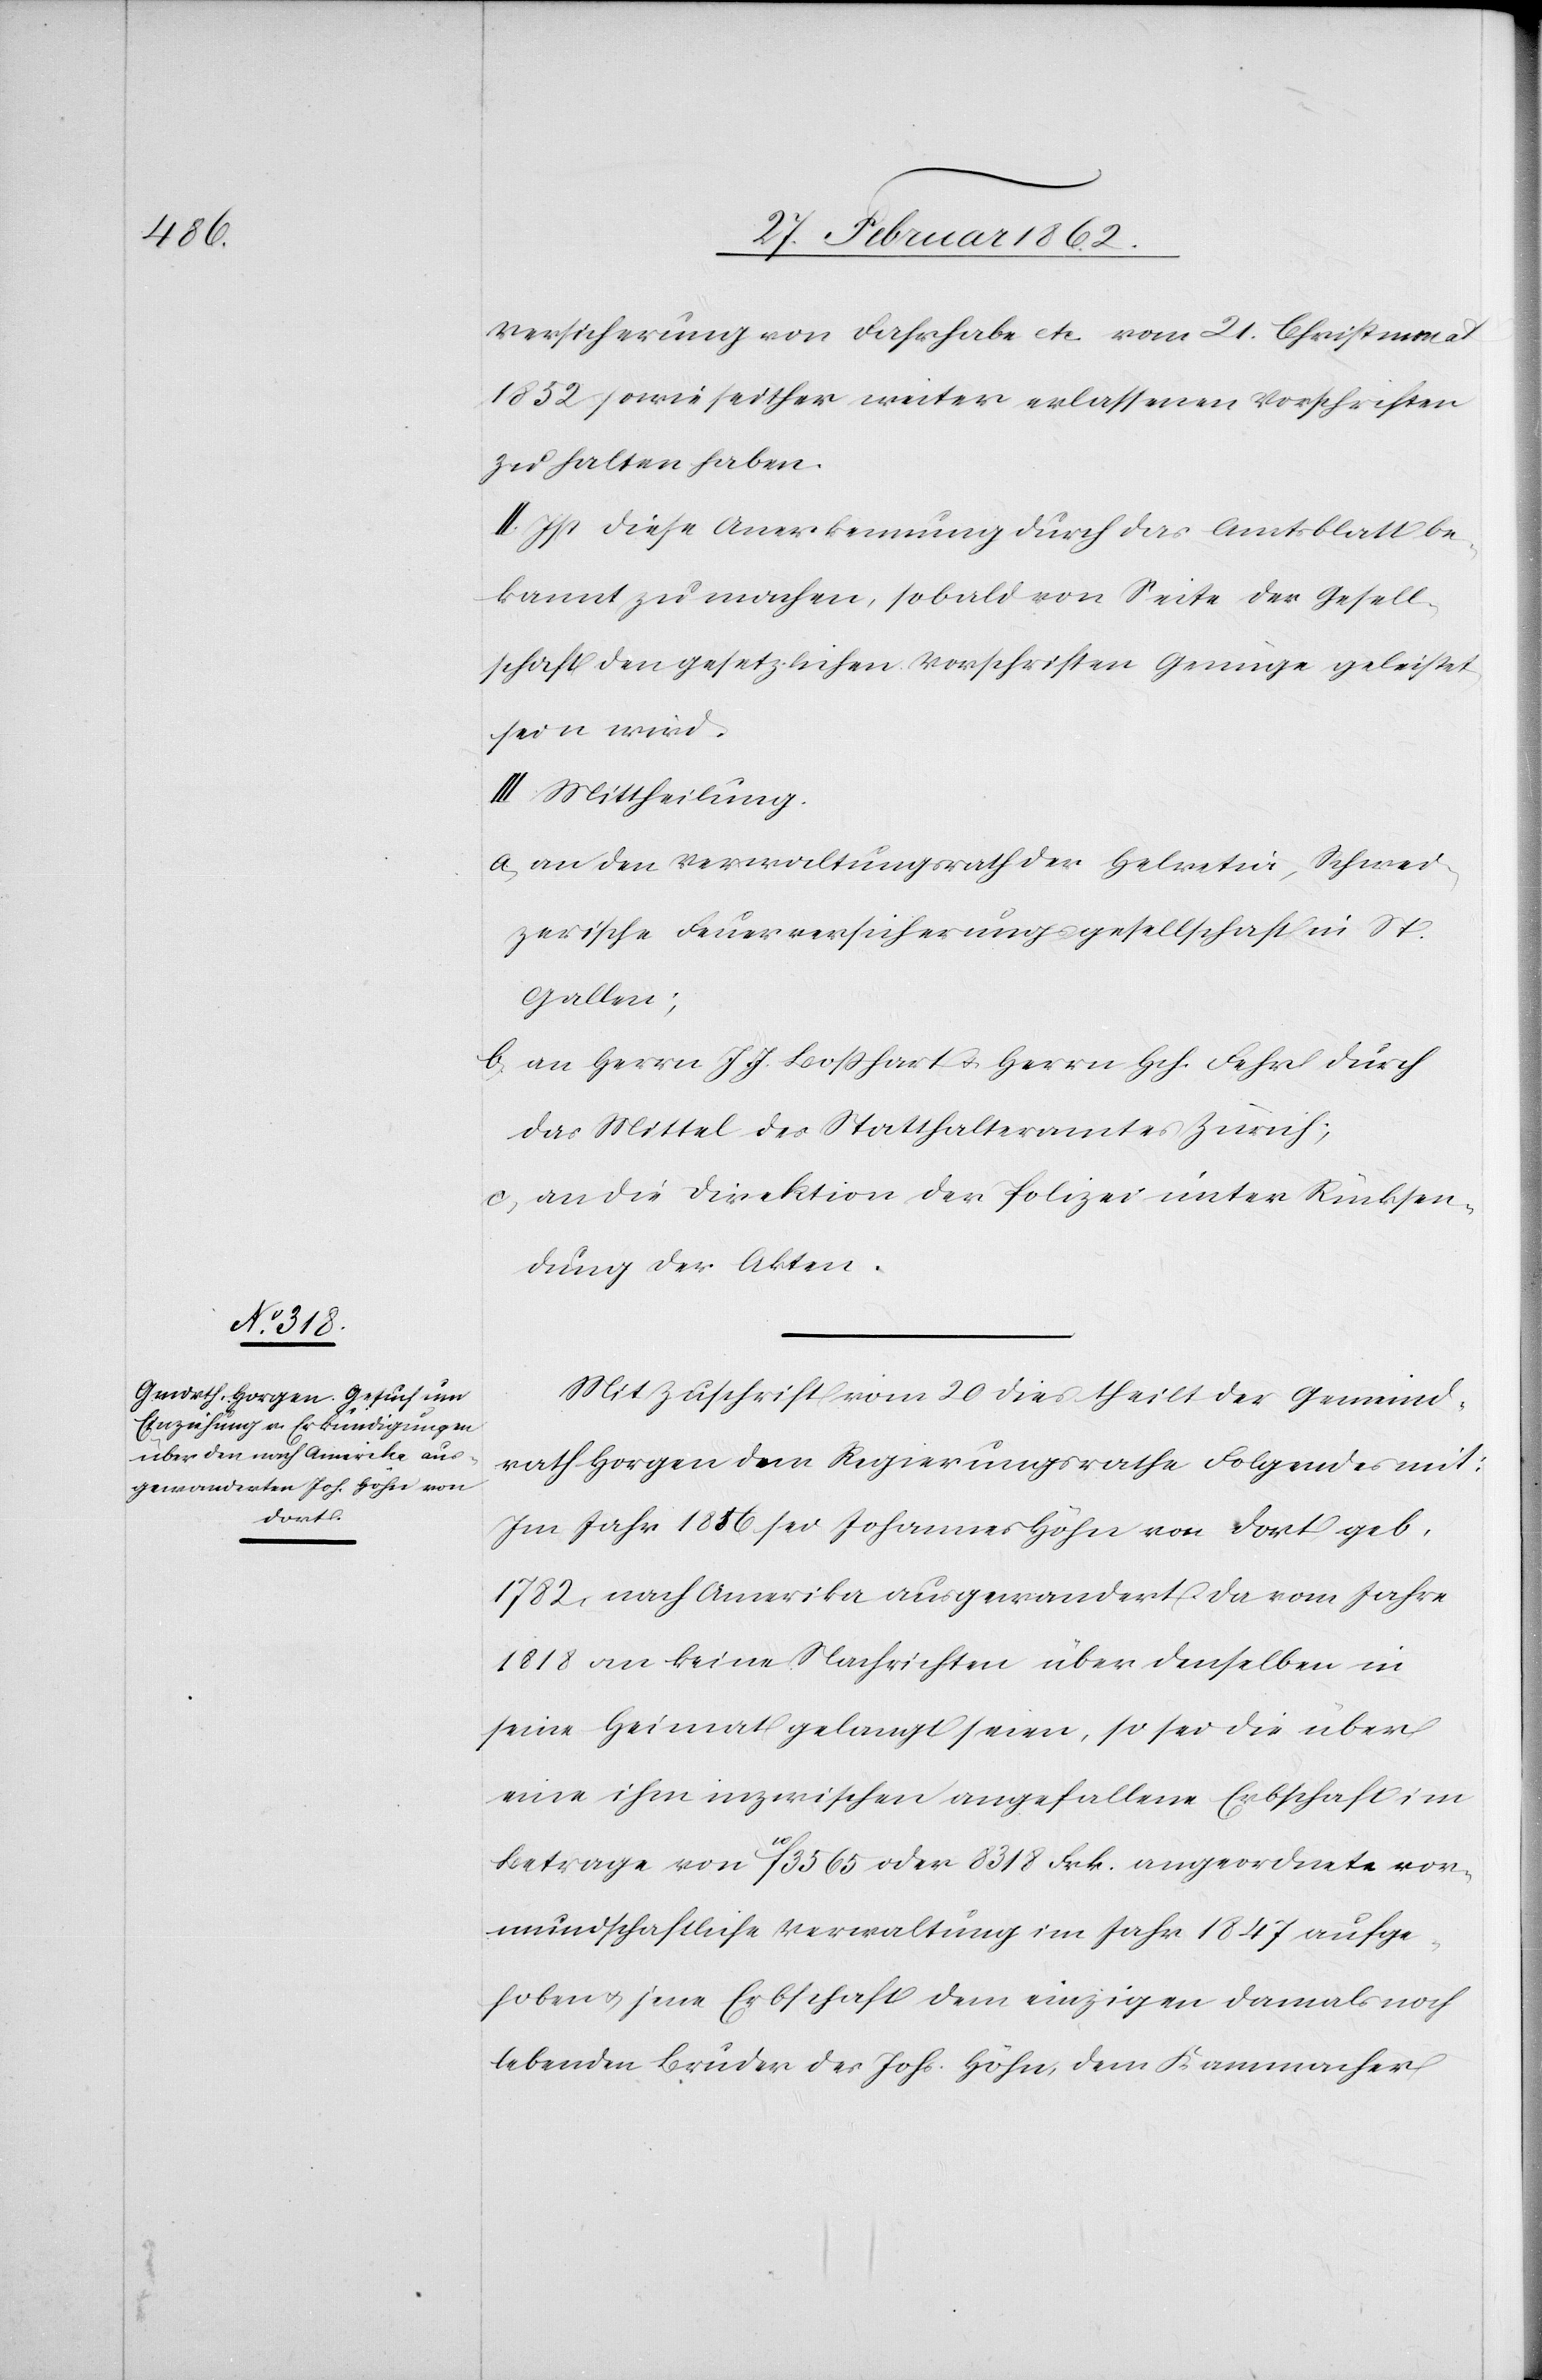
Versicherung von Fahrhabe etc vom 21. Christmonat
1852 sowie seither weiter erlassenen Vorschriften
zu halten haben.
II. Ist diese Anerkennung durch das Amtsblatt be¬
kannt zu machen, sobald von Seite der Gesell¬
schaft den gesetzlichen Vorschriften Genüge geleistet
sein wird.
III. Mittheilung.
a) an den Verwaltungsrath der Helvetia, Schwei¬
zerische Feuerversicherungsgesellschaft in St.
Gallen;
b) an Herrn J. J. Boßhart u. Herrn Hch. Fehr durch
das Mittel des Statthalteramtes Zürich;
c) an die Direktion der Polizei unter Rücksen¬
dung der Akten.
Mit Zuschrift vom 20 dies theilt der Gemeind¬
rath Horgen dem Regierungsrathe Folgendes mit:
Im Jahr 18[?1]6 sei Johannes Höhn von dort, geb.
1782, nach Amerika ausgewandert. Da vom Jahre
1818 an keine Nachrichten über denselben in
seine Heimat gelangt seien, so sei die über
eine ihn inzwischen angefallene Erbschaft im
Betrage von 10fl. 3565 oder 8318 Frk. angeordnete vor¬
mundschaftliche Verwaltung im Jahr 1847 aufge¬
hoben u. jene Erbschaft dem einzigen damals noch
lebenden Bruder des Johs. Höhn, dem Kammacher